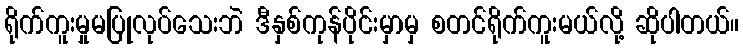
ရိုက်ကူးမှုမပြုလုပ်သေးဘဲ ဒီနှစ်ကုန်ပိုင်းမှာမှ စတင်ရိုက်ကူးမယ်လို့ ဆိုပါတယ်။